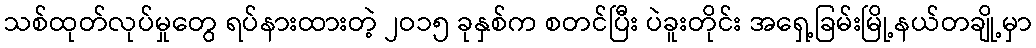
သစ်ထုတ်လုပ်မှုတွေ ရပ်နားထားတဲ့ ၂ဝ၁၅ ခုနှစ်က စတင်ပြီး ပဲခူးတိုင်း အရှေ့ခြမ်းမြို့နယ်တချို့မှာ